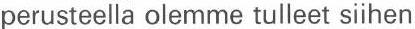
perusteella olemme tulleet siihen